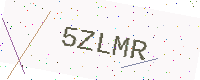
Text: 5ZLMR